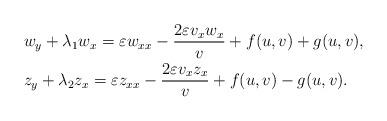
LaTeX: \begin{align*}&w_y+\lambda_1w_x=\varepsilon w_{xx}-\frac{2\varepsilon v_xw_{x}}{v}+f(u,v)+g(u,v),\\&z_y+\lambda_2z_x=\varepsilon z_{xx}-\frac{2\varepsilon v_xz_{x}}{v}+f(u,v)-g(u,v).\end{align*}